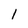
Character: l